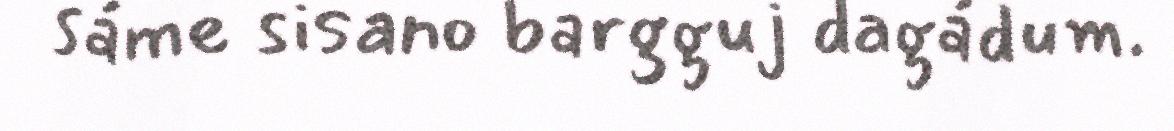
sáme sisano bargguj dagádum.